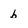
Character: b